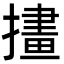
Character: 㩇